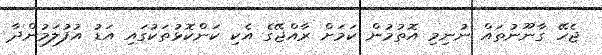
ޖެހޭ ގާނޫނުތައް ނުނިމި އޮތުމުން ކަމަށް ރާއްޖޭގެ އެކި ކަންކޮޅުތަކުގައި އަޑު އުފުލަމުންދާ